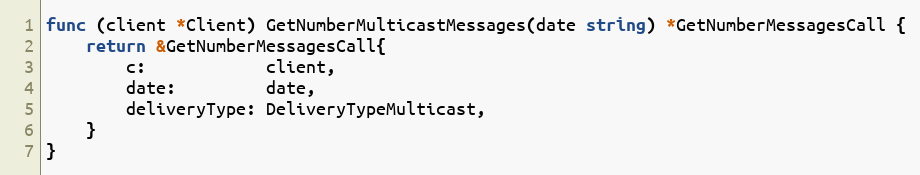
Language: Go
func (client *Client) GetNumberMulticastMessages(date string) *GetNumberMessagesCall {
	return &GetNumberMessagesCall{
		c:            client,
		date:         date,
		deliveryType: DeliveryTypeMulticast,
	}
}